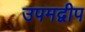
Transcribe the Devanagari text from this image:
उपमद्वीप